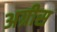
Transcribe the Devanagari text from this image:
अग्रीस